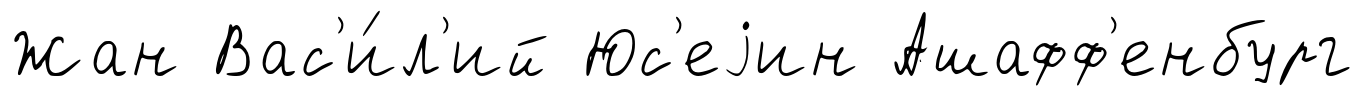
Жан Вас'и́л'ий Юс'еjин Ашафф'енбург